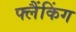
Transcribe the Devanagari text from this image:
फ्लैंकिंग